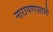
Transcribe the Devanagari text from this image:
नारायणासामी